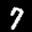
Label: 7